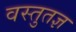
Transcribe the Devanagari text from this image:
वस्तुतज्ञ